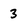
Character: 3